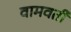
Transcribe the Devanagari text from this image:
वामवर्ती